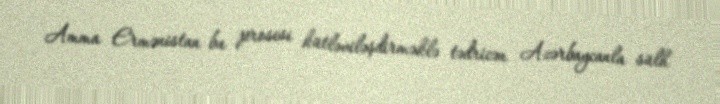
Amma Ermənistan bu prosesi kütləviləşdirməklə tədricən Azərbaycanla sülh